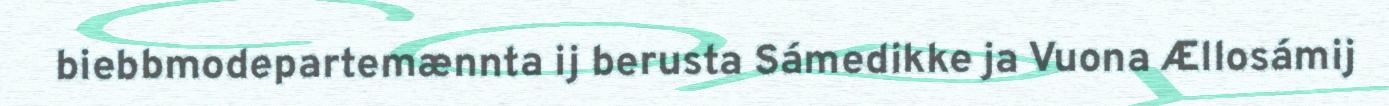
biebbmodepartemænnta ij berusta Sámedikke ja Vuona Ællosámij